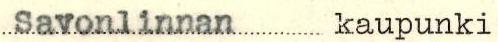
Savonlinnan kaupunki